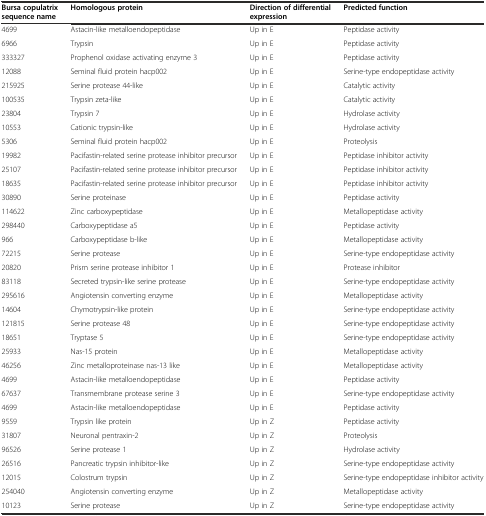
<table><thead><tr><td><b>Bursa copulatrix sequence name</b></td><td><b>Homologous protein</b></td><td><b>Direction of differential expression</b></td><td><b>Predicted function</b></td></tr></thead><tbody><tr><td>4699</td><td>Astacin-like metalloendopeptidase</td><td>Up in E</td><td>Peptidase activity</td></tr><tr><td>6966</td><td>Trypsin</td><td>Up in E</td><td>Peptidase activity</td></tr><tr><td>333327</td><td>Prophenol oxidase activating enzyme 3</td><td>Up in E</td><td>Peptidase activity</td></tr><tr><td>12088</td><td>Seminal fluid protein hacp002</td><td>Up in E</td><td>Serine-type endopeptidase activity</td></tr><tr><td>215925</td><td>Serine protease 44-like</td><td>Up in E</td><td>Catalytic activity</td></tr><tr><td>100535</td><td>Trypsin zeta-like</td><td>Up in E</td><td>Catalytic activity</td></tr><tr><td>23804</td><td>Trypsin 7</td><td>Up in E</td><td>Hydrolase activity</td></tr><tr><td>10553</td><td>Cationic trypsin-like</td><td>Up in E</td><td>Hydrolase activity</td></tr><tr><td>5306</td><td>Seminal fluid protein hacp002</td><td>Up in E</td><td>Proteolysis</td></tr><tr><td>19982</td><td>Pacifastin-related serine protease inhibitor precursor</td><td>Up in E</td><td>Peptidase inhibitor activity</td></tr><tr><td>25107</td><td>Pacifastin-related serine protease inhibitor precursor</td><td>Up in E</td><td>Peptidase inhibitor activity</td></tr><tr><td>18635</td><td>Pacifastin-related serine protease inhibitor precursor</td><td>Up in E</td><td>Peptidase inhibitor activity</td></tr><tr><td>30890</td><td>Serine proteinase</td><td>Up in E</td><td>Peptidase activity</td></tr><tr><td>114622</td><td>Zinc carboxypeptidase</td><td>Up in E</td><td>Metallopeptidase activity</td></tr><tr><td>298440</td><td>Carboxypeptidase a5</td><td>Up in E</td><td>Peptidase activity</td></tr><tr><td>966</td><td>Carboxypeptidase b-like</td><td>Up in E</td><td>Metallopeptidase activity</td></tr><tr><td>72215</td><td>Serine protease</td><td>Up in E</td><td>Serine-type endopeptidase activity</td></tr><tr><td>20820</td><td>Prism serine protease inhibitor 1</td><td>Up in E</td><td>Protease inhibitor</td></tr><tr><td>83118</td><td>Secreted trypsin-like serine protease</td><td>Up in E</td><td>Serine-type endopeptidase activity</td></tr><tr><td>295616</td><td>Angiotensin converting enzyme</td><td>Up in E</td><td>Metallopeptidase activity</td></tr><tr><td>14604</td><td>Chymotrypsin-like protein</td><td>Up in E</td><td>Serine-type endopeptidase activity</td></tr><tr><td>121815</td><td>Serine protease 48</td><td>Up in E</td><td>Serine-type endopeptidase activity</td></tr><tr><td>18651</td><td>Tryptase 5</td><td>Up in E</td><td>Serine-type endopeptidase activity</td></tr><tr><td>25933</td><td>Nas-15 protein</td><td>Up in E</td><td>Metallopeptidase activity</td></tr><tr><td>46256</td><td>Zinc metalloproteinase nas-13 like</td><td>Up in E</td><td>Metallopeptidase activity</td></tr><tr><td>4699</td><td>Astacin-like metalloendopeptidase</td><td>Up in E</td><td>Peptidase activity</td></tr><tr><td>67637</td><td>Transmembrane protease serine 3</td><td>Up in E</td><td>Serine-type endopeptidase activity</td></tr><tr><td>4699</td><td>Astacin-like metalloendopeptidase</td><td>Up in E</td><td>Peptidase activity</td></tr><tr><td>9559</td><td>Trypsin like protein</td><td>Up in Z</td><td>Peptidase activity</td></tr><tr><td>31807</td><td>Neuronal pentraxin-2</td><td>Up in Z</td><td>Proteolysis</td></tr><tr><td>96526</td><td>Serine protease 1</td><td>Up in Z</td><td>Hydrolase activity</td></tr><tr><td>26516</td><td>Pancreatic trypsin inhibitor-like</td><td>Up in Z</td><td>Serine-type endopeptidase activity</td></tr><tr><td>12015</td><td>Colostrum trypsin</td><td>Up in Z</td><td>Serine-type endopeptidase inhibitor activity</td></tr><tr><td>254040</td><td>Angiotensin converting enzyme</td><td>Up in Z</td><td>Metallopeptidase activity</td></tr><tr><td>10123</td><td>Serine protease</td><td>Up in Z</td><td>Serine-type endopeptidase activity</td></tr></tbody></table>